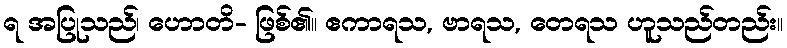
ရ အပြုသည်၊ ဟောတိ- ဖြစ်၏။ ဧကာရသ, ဗာရသ, တေရသ ဟူသည်တည်း။